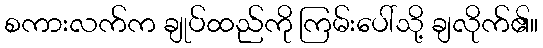
စကားလက်က ချုပ်ထည်ကို ကြမ်းပေါ်သို့ ချလိုက်၏။